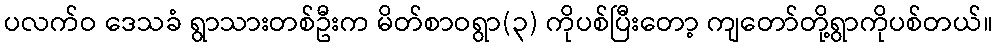
ပလက်ဝ ဒေသခံ ရွာသားတစ်ဦးက မိတ်စာဝရွာ(၃) ကိုပစ်ပြီးတော့ ကျတော်တို့ရွာကိုပစ်တယ်။